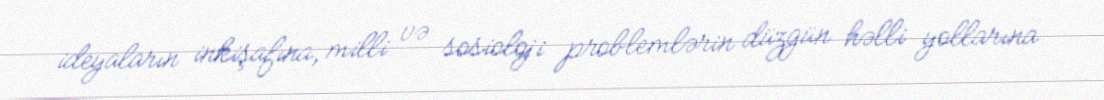
ideyaların inkişafına, milli və sosioloji problemlərin düzgün həlli yollarına